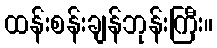
ထန်းစန်းချန်ဘုန်းကြီး။